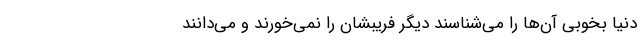
دنیا بخوبی آن‌ها را می‌شناسند دیگر فریبشان را نمی‌خورند و می‌دانند